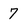
Character: 7